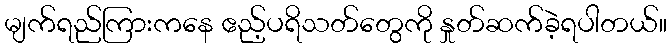
မျက်ရည်ကြားကနေ ဧည့်ပရိသတ်တွေကို နှုတ်ဆက်ခဲ့ရပါတယ်။